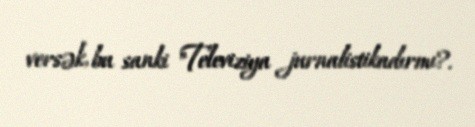
versək, bu sanki "Televiziya jurnalistikadırmı?.